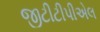
જીટીટીપીએલ